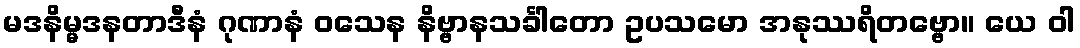
မဒနိမ္မဒနတာဒီနံ ဂုဏာနံ ဝသေန နိဗ္ဗာနသင်္ခါတော ဥပသမော အနုဿရိတဗ္ဗော။ ယေ ဝါ